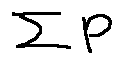
\sum P